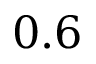
0 . 6